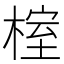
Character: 榁